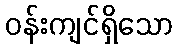
ဝန်းကျင်ရှိသော